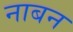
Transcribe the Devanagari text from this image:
नाबन